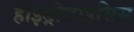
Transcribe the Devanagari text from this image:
हाइड्रोलाइसिस